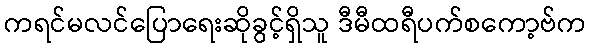
ကရင်မလင်ပြောရေးဆိုခွင့်ရှိသူ ဒီမီထရီပက်စကော့ဗ်က